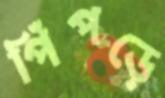
পিঁপড়ে